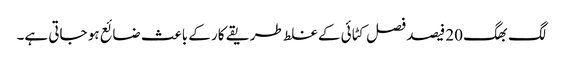
لگ بھگ 20 فیصد فصل کٹائی کے غلط طریقے کار کے باعث ضائع ہو جاتی ہے۔